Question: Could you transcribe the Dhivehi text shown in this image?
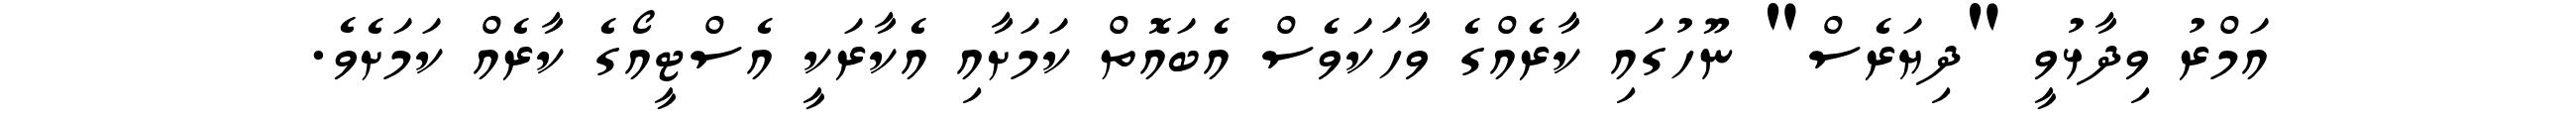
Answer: އަމްރު ވިދާޅުވީ "ދިޔަރެސް" ނޫހުގައި ކާރެއްގެ ވާހަކަވެސް އެބައޮތް ކަމަށާއި އެކާރަކީ އެސްޓީއޯގެ ކާރެއް ކަމަށެވެ.